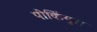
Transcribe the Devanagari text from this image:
पोर्कियुस